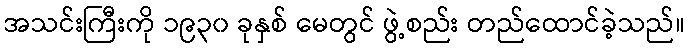
အသင်းကြီးကို ၁၉၃၀ ခုနှစ် မေတွင် ဖွဲ့စည်း တည်ထောင်ခဲ့သည်။